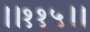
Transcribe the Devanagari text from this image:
।।११५।।